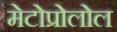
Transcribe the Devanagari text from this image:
मेटोप्रोलोल